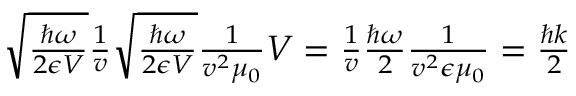
\begin{array} { r } { \sqrt { \frac { \hbar \omega } { 2 \epsilon V } } \frac { 1 } { v } \sqrt { \frac { \hbar \omega } { 2 \epsilon V } } \frac { 1 } { v ^ { 2 } \mu _ { 0 } } V = \frac { 1 } { v } \frac { \hbar \omega } { 2 } \frac { 1 } { v ^ { 2 } \epsilon \mu _ { 0 } } = \frac { \hbar k } { 2 } } \end{array}